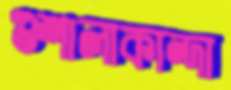
গুশালাকান্দা